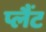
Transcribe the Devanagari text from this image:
प्लैंट